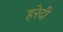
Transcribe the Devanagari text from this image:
हरेदी